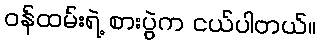
ဝန်ထမ်းရဲ့ စားပွဲက ငယ်ပါတယ်။